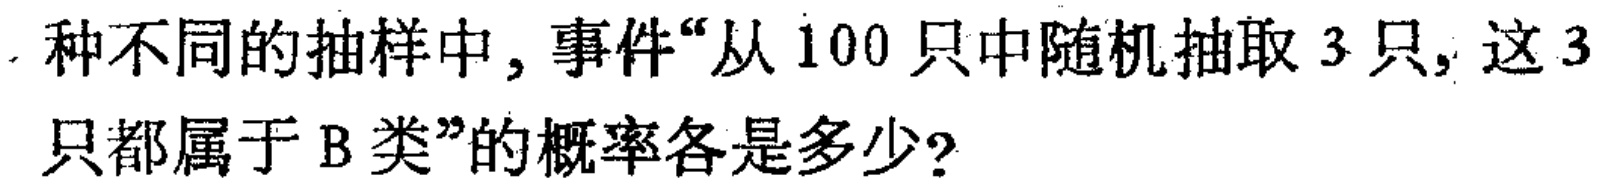
种不同的抽样中, 事件“从 100 只中随机抽取 3 只, 这 3只都属于 B 类”的概率各是多少?